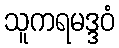
သူကရမဒ္ဒဝံ